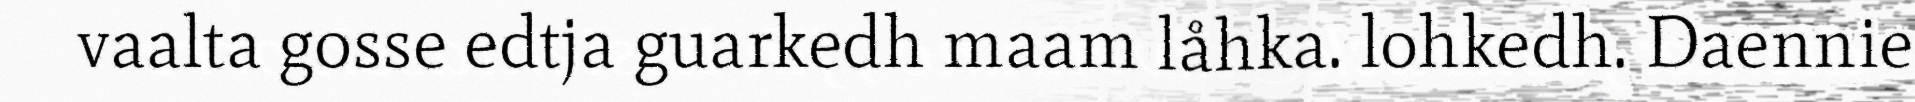
vaalta gosse edtja guarkedh maam låhka. lohkedh. Daennie